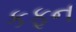
કફન